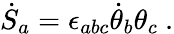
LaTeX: {\dot{S}}_{a}=\epsilon_{abc}{\dot{\theta}}_{b}\theta_{c}\ .